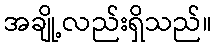
အချို့လည်းရှိသည်။